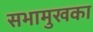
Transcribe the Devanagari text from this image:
सभामुखका